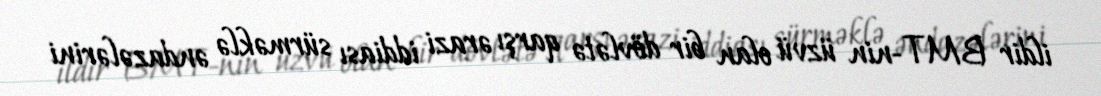
ildir BMT-nin üzvü olan bir dövlətə qarşı ərazi iddiası sürməklə əndazələrini